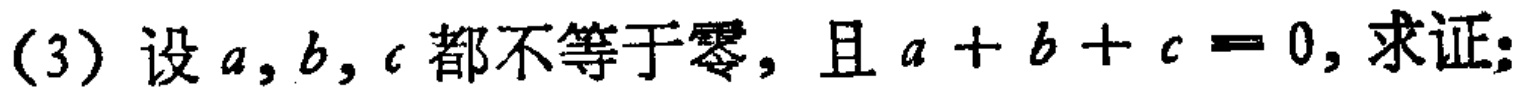
(3) 设\(a,b,c\)都不等于零，且\(a + b + c = 0\)，求证: